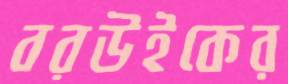
বরউইকের